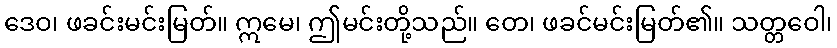
ဒေဝ၊ ဖခင်းမင်းမြတ်။ ဣမေ၊ ဤမင်းတို့သည်။ တေ၊ ဖခင်မင်းမြတ်၏။ သတ္တဝေါ၊